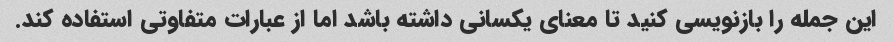
این جمله را بازنویسی کنید تا معنای یکسانی داشته باشد اما از عبارات متفاوتی استفاده کند.